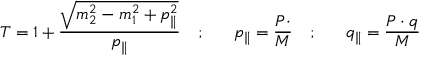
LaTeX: T = 1 + \frac { \sqrt { m _ { 2 } ^ { 2 } - m _ { 1 } ^ { 2 } + p _ { \parallel } ^ { 2 } } } { p _ { \parallel } } \ \ \ ; \ \ \ \ \ p _ { \parallel } = \frac { P \cdotp } { M } \ \ \ ; \ \ \ \ \ q _ { \parallel } = \frac { P \cdot q } { M }